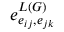
e _ { e _ { i j } , e _ { j k } } ^ { L ( G ) }